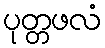
ပုတ္တဖလံ